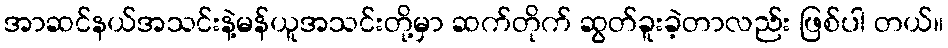
အာဆင်နယ်အသင်းနဲ့မန်ယူအသင်းတို့မှာ ဆက်တိုက် ဆွတ်ခူးခဲ့တာလည်း ဖြစ်ပါ တယ်။